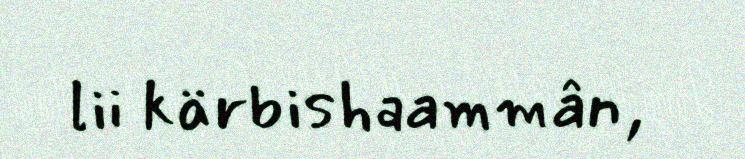
lii kärbishaammân,